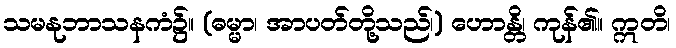
သမနုဘာသနကံ၌။ (ဓမ္မာ၊ အာပတ်တို့သည်၊) ဟောန္တိ၊ ကုန်၏။ ဣတိ၊